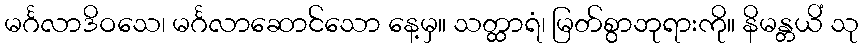
မင်္ဂလာဒိဝသေ၊ မင်္ဂလာဆောင်သော နေ့မှ။ သတ္ထာရံ၊ မြတ်စွာဘုရားကို။ နိမန္တယိံ သု